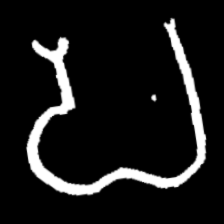
Pyu character \u2014 Myanmar letter: ပ (romanized: pa)